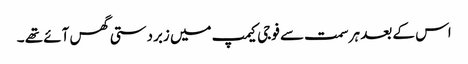
اس کے بعد ہر سمت سے فوجی کیمپ میں زبردستی گھس آئے تھے ۔